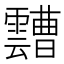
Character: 𩆦